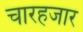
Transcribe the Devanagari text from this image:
चारहजार